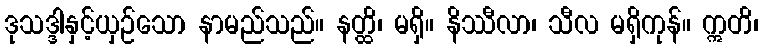
ဒုသဒ္ဒါနှင့်ယှဉ်သော နာမည်သည်။ နတ္ထိ၊ မရှိ။ နိဿီလာ၊ သီလ မရှိကုန်။ ဣတိ၊